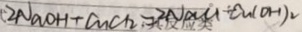
( \cdot 2 N a O H + C u C l _ { 2 } = 2 N a C L + C u ( O H ) _ { 2 }